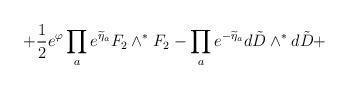
LaTeX: \begin{align*}\left. +\frac{1}{2}e^{\varphi} \prod_a e^{\widetilde\eta_a}{F}_2\wedge^*{F}_2 -\prod_{a}e^{-\widetilde\eta_a}d{\tilde D}\wedge^* d{\tilde D}+ \right.\end{align*}